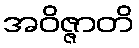
အဝိဇ္ဇာတိ